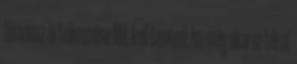
himnusz értelmezése Mit kell tenned, ha meg akarsz térni